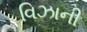
વિઝાની